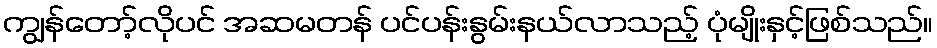
ကျွန်တော့်လိုပင် အဆမတန် ပင်ပန်းနွမ်းနယ်လာသည့် ပုံမျိုးနှင့်ဖြစ်သည်။